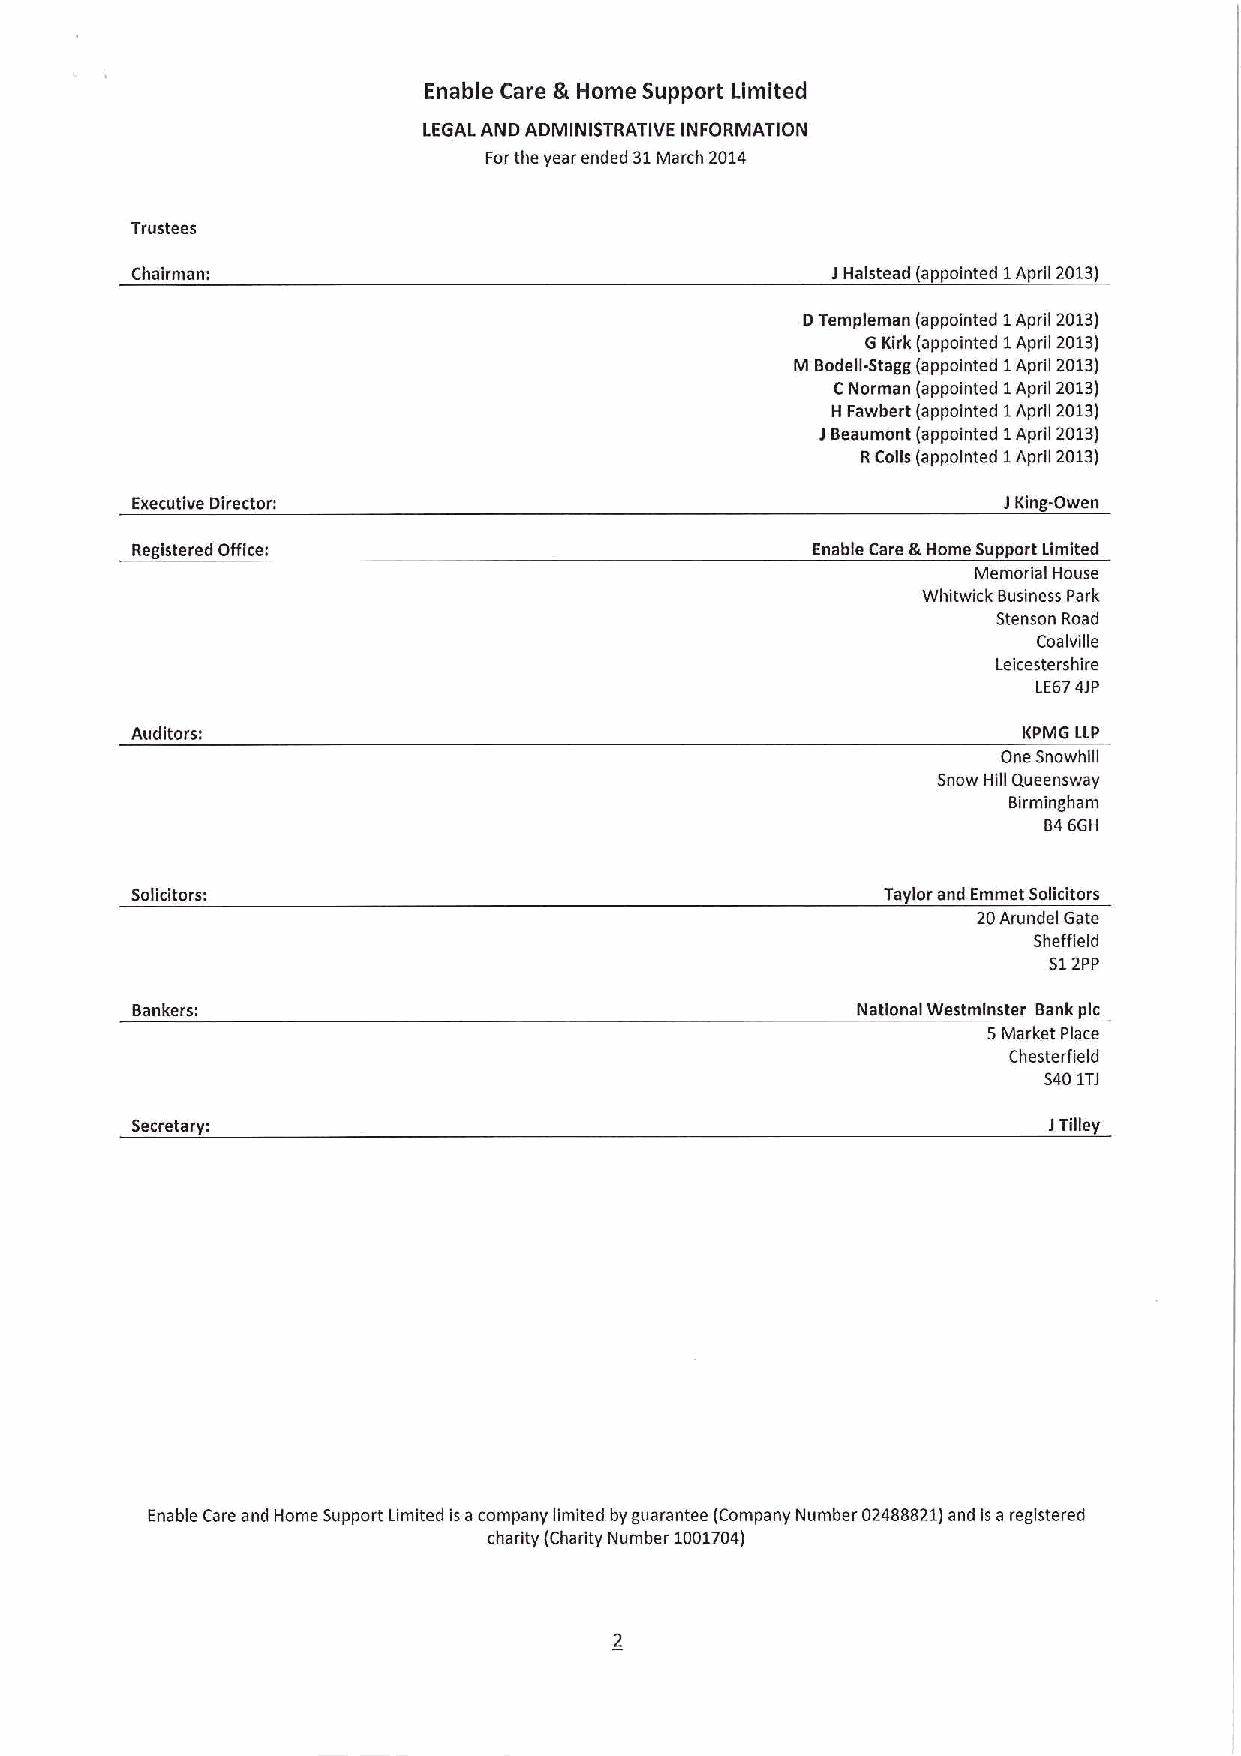
Enable Care & Home Support Limited
 LEGAL AND ADMINISTRATIVE INFORMATION
 Forthe year ended 31March 2014
 Trustees
 Chairman:                                     JHalstead (appointed 1April 2013)
 DTempleman (appointed 1April 2013)
 GKirk (appointed 1April 2013)
 Iiil Bodell-Stagg (appointed 1April 2013)
 CNorman (appointed 1April 2013)
 H Fawbert (appointed 1April 2013)
 JBeaumont (appointed 1April 2013)
 RCoils (appointed 1 April 2013)
 Executive Director:                                      IKing-Owen
 Registered Office:                           Enable Care &Home Support Limited
 Memorial House
 Whitwick Business Park
 Stenson Road
 Coalville
 Leicestershire
 LE674JP
 Auditors:                                                  KPMG LLP
 One Snowhill
 Snow Hill Queensway
 Birmingham
 846GH
 Solicitors:                                      Taylor and Emmet Solicitors
 20Arundel Gate
 Sheffield
 512PP
 Bankers:                                        National Westminster Bank pic
 5Market Place
 Chesterfield
 3401TJ
 Secretary:                                                  JTilley
 Enable Care and Home Support Limited isacompany limited byguarantee (Company Number 02488821)and is a registered
 chadrty (Charity Number 1001704)